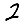
Digit: 2